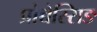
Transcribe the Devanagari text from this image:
प्रोच्चेस्सिङ